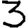
Digit: 3